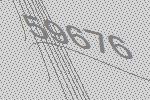
59676